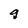
Character: q